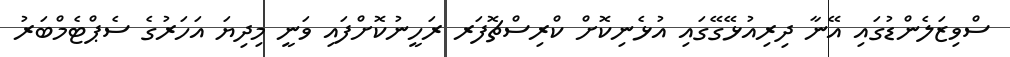
ސްވިޒަލެންޑުގައި އޭނާ ދިރިއުޅޭގޭގައި އުޅެނިކޮށް ކްރިސްޗޮފަރ ރަހީނުކޮށްފައި ވަނީ މިދިޔަ އަހަރުގެ ސެޕްޓެމްބަރު